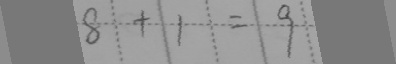
8 + 1 = 9